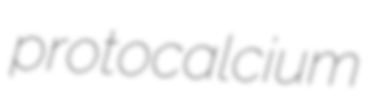
protocalcium